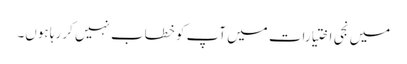
میں نجی اختیارات میں آپ کو خطاب نہیں کر رہا ہوں۔